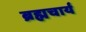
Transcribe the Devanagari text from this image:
ब्रह्मचार्य